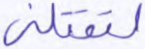
لتقتلني